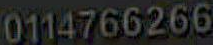
0114766266